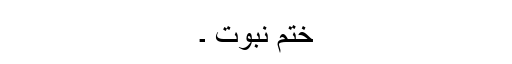
ختم نبوت ۔